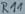
Text: R11